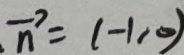
\overrightarrow { n } = ( - 1 , 0 )